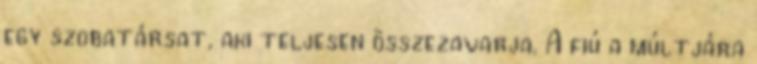
egy szobatársat, aki teljesen összezavarja. A fiú a múltjára